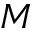
M